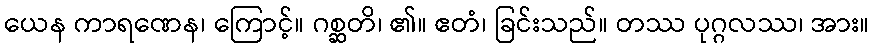
ယေန ကာရဏေန၊ ကြောင့်။ ဂစ္ဆတိ၊ ၏။ ဧတံ၊ ခြင်းသည်။ တဿ ပုဂ္ဂလဿ၊ အား။